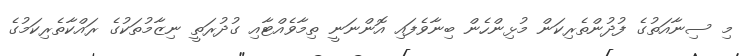
މި ސިނާއަތުގެ ފުދުންތެރިކަން މުޅިންހެން ބިނާވެފައި އޮންނަނީ ތިމާވެއްޓާއި ގުދުރަތީ ނިޒާމުތަކުގެ ރައްކާތެރިކަމުގެ